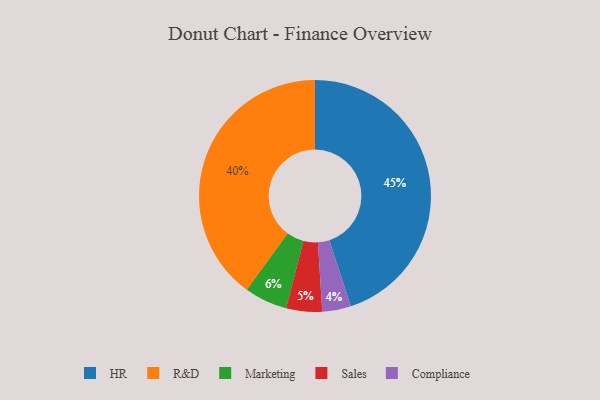
{"axis": {"x": "Category", "y": "Percentage"}, "legend": ["Compliance", "HR", "Marketing", "R&D", "Sales"], "data": [{"x": "Marketing", "y": 6, "type": "Marketing"}, {"x": "Compliance", "y": 4, "type": "Compliance"}, {"x": "Sales", "y": 5, "type": "Sales"}, {"x": "R&D", "y": 40, "type": "R&D"}, {"x": "HR", "y": 45, "type": "HR"}]}